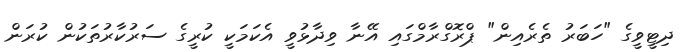
ދިޓީވީގެ "ހަބަރު ތެރެއިން" ޕްރޮގްރާމްގައި އޭނާ ވިދާޅުވީ އެކަމަކީ ކުރީގެ ސަރުކާރުތަކުން ކުރަން